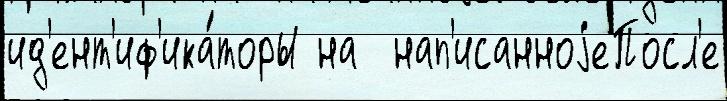
ид'ент'иф'ика́торы на  нап'исанноjеПосл'е